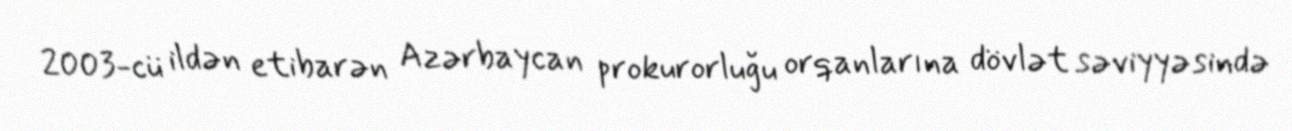
2003-cü ildən etibarən Azərbaycan prokurorluğu orqanlarına dövlət səviyyəsində